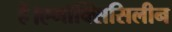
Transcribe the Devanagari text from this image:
हैं।एमॉक्सिसिलीन